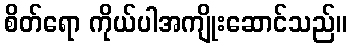
စိတ်ရော ကိုယ်ပါအကျိုးဆောင်သည်။